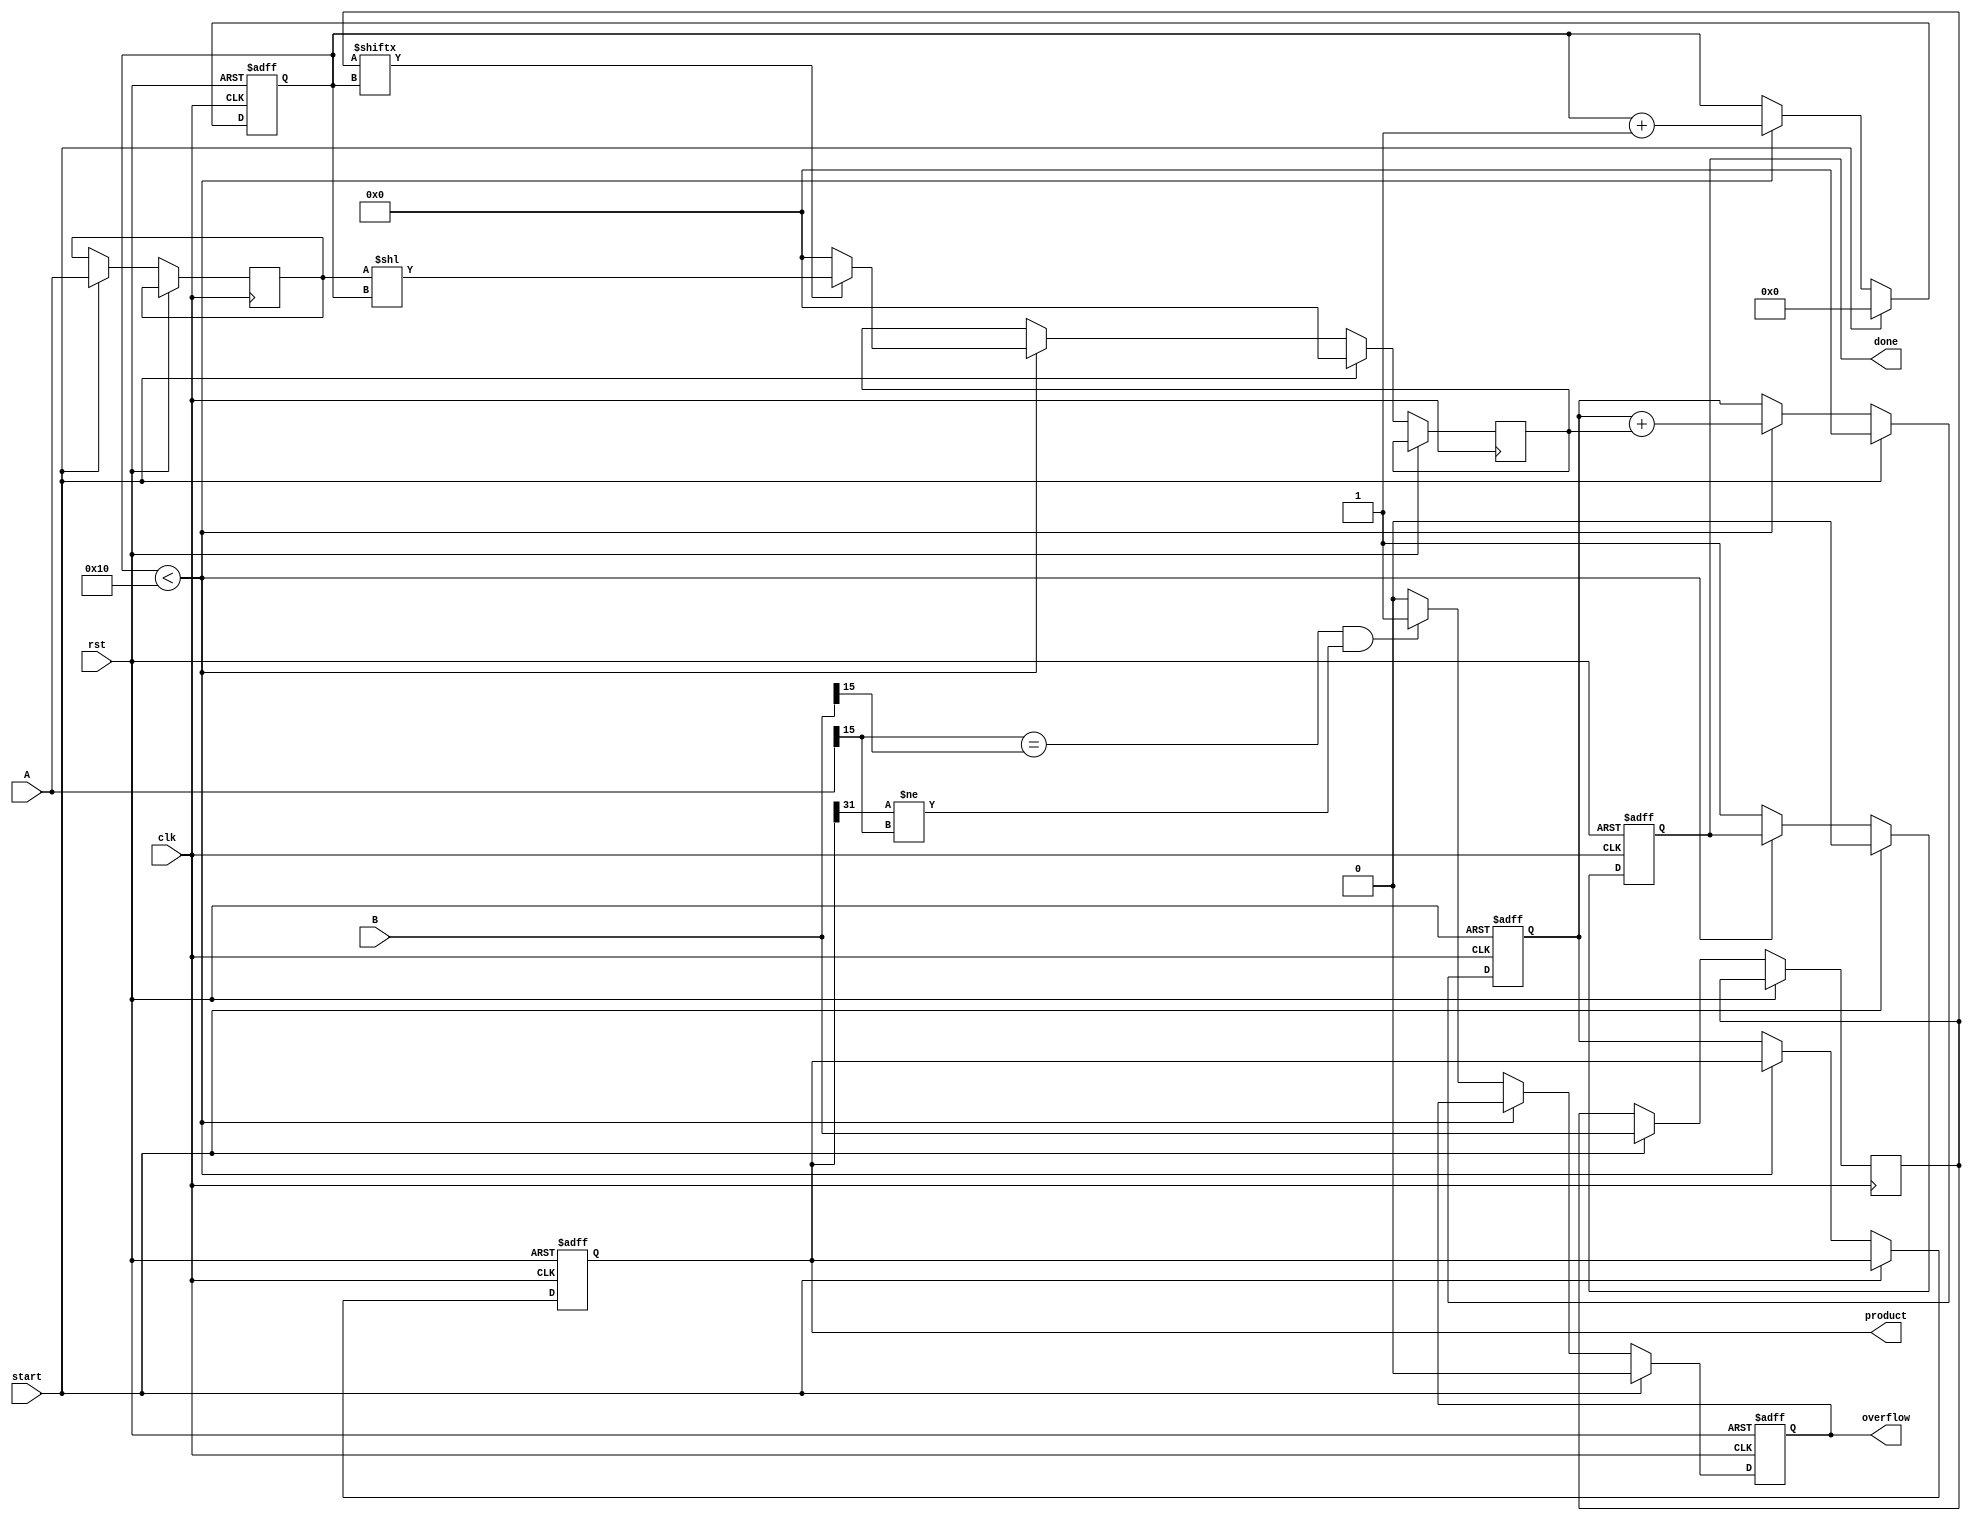
module radix2_multiplier (
    input wire clk,
    input wire rst,
    input wire start,
    input wire signed [15:0] A, // Multiplicand
    input wire signed [15:0] B, // Multiplier
    output reg signed [31:0] product, // Final product
    output reg done, // Indicates multiplication is complete
    output reg overflow // Overflow detection
);

    reg [15:0] multiplicand;
    reg [15:0] multiplier;
    reg [31:0] partial_product;
    reg [4:0] count; // To count the bits processed
    reg [31:0] sum; // To accumulate the partial products

    always @(posedge clk or posedge rst) begin
        if (rst) begin
            product <= 0;
            done <= 0;
            overflow <= 0;
            count <= 0;
            sum <= 0;
        end else if (start) begin
            multiplicand <= A;
            multiplier <= B;
            partial_product <= 0;
            sum <= 0;
            count <= 0;
            done <= 0;
            overflow <= 0;
        end else if (count < 16) begin
            // Generate partial product based on the current bit of the multiplier
            if (multiplier[count] == 1) begin
                partial_product <= multiplicand << count; // Shift multiplicand
            end else begin
                partial_product <= 0; // No partial product
            end
            
            // Accumulate the partial product
            sum <= sum + partial_product;
            count <= count + 1;
        end else begin
            // Final product assignment
            product <= sum;

            // Overflow detection (for signed multiplication)
            if ((A[15] == B[15]) && (product[31] != A[15])) begin
                overflow <= 1; // Overflow occurred
            end else begin
                overflow <= 0; // No overflow
            end

            done <= 1; // Indicate multiplication is complete
        end
    end
endmodule